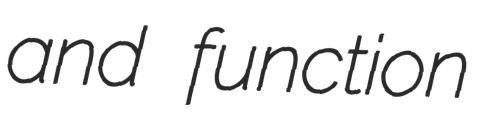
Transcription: and function